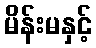
မိန်းမနှင့်